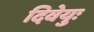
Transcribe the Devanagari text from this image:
दिवेयुः